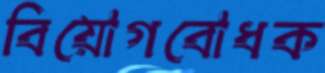
বিয়োগবোধক